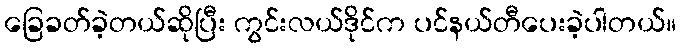
ခြေခတ်ခဲ့တယ်ဆိုပြီး ကွင်းလယ်ဒိုင်က ပင်နယ်တီပေးခဲ့ပါတယ်။